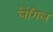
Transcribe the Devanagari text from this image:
लैंगिल